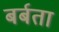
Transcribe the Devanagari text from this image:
बर्बता